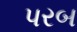
પરબ